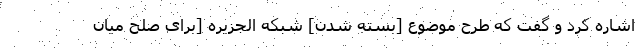
اشاره کرد و گفت که طرح موضوع [بسته شدن] شبکه الجزیره [برای صلح میان